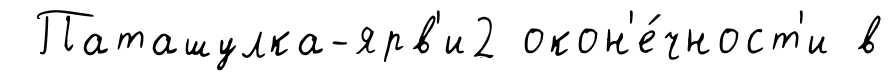
Паташулка-ярв'и2 окон'е́чност'и в